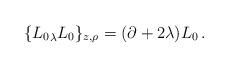
LaTeX: \begin{align*}\{{L_0}_\lambda{L_0}\}_{z,\rho}=(\partial+2\lambda)L_0\,.\end{align*}